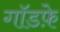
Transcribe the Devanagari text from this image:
गॉडफ़े